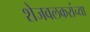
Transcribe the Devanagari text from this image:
शेजवलकरांच्या